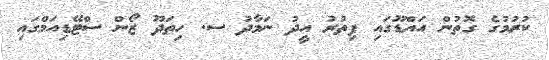
ކުރުމުގެ ގޮތުން އައްޑޫގައި ފިތުރު އީދު ނަމާދު ސ. ހިތަދޫ ޒޯން ސްޓޭޑިއަމްގައި